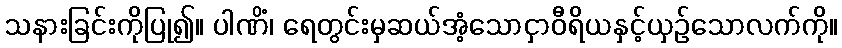
သနားခြင်းကိုပြု၍။ ပါဏိံ၊ ရေတွင်းမှဆယ်အံ့သောငှာဝီရိယနှင့်ယှဉ်သောလက်ကို။